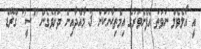
އީ އޯލެވެލް ނުވަތަ އެފެންވަރުގެ އިމްތިޙާނަކުން 3 މާއްދާއިން ދަށްވެގެން "ސީ" ގްރޭޑް